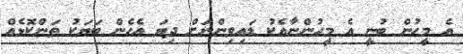
އެ މީހުން ބުނީ އެ މީހުންނާއެކު ޑައިވިންނަށް ދިޔަ އެހެން ބަޔަކު ތަންކޮޅެއް